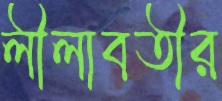
লীলাবতীর